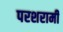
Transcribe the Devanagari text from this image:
परशरामी